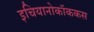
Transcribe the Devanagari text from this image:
इचियानोकॉककस